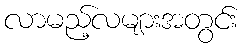
လာမည့်လများအတွင်း